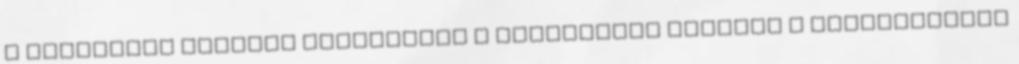
a papsággal szemben szigorodik a társadalmi elvárás a legfontosabb